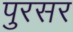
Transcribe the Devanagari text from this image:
पुरसर